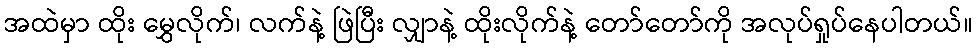
အထဲမှာ ထိုး မွှေလိုက်၊ လက်နဲ့ ဖြဲပြီး လျှာနဲ့ ထိုးလိုက်နဲ့ တော်တော်ကို အလုပ်ရှုပ်နေပါတယ်။